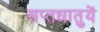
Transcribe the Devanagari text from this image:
सप्‍तधातुयें